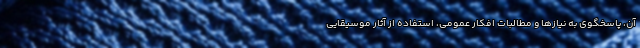
آن، پاسخگوی به نیازها و مطالبات افکار عمومی، استفاده از آثار موسیقایی